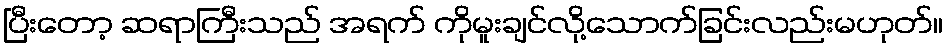
ပြီးတော့ ဆရာကြီးသည် အရက် ကိုမူးချင်လို့သောက်ခြင်းလည်းမဟုတ်။